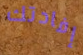
إفادتك